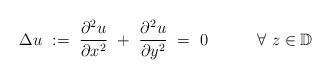
LaTeX: \begin{align*}\Delta u\ :=\ \frac{\partial^2 u}{\partial x^2}\ +\ \frac{\partial^2u}{\partial y^2}\ =\ 0 \quad\quad\quad\forall\ z\in\mathbb D\end{align*}